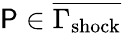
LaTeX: \mathsf{P}\in\overline{{{\Gamma_{\mathrm{{{shock}}}}}}}